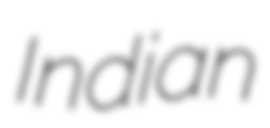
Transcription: Indian